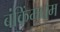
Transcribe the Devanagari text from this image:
बंकिंमघम